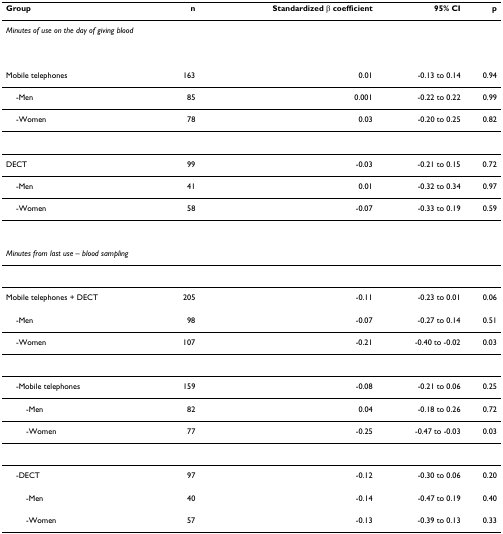
<table><thead><tr><td><b>Group</b></td><td><b>n</b></td><td><b>Standardized β coefficient</b></td><td><b>95% CI</b></td><td><b>p</b></td></tr></thead><tbody><tr><td colspan="5"><i>Minutes of use on the day of giving blood</i></td></tr><tr><td>Mobile telephones</td><td>163</td><td>0.01</td><td>-0.13 to 0.14</td><td>0.94</td></tr><tr><td> -Men</td><td>85</td><td>0.001</td><td>-0.22 to 0.22</td><td>0.99</td></tr><tr><td> -Women</td><td>78</td><td>0.03</td><td>-0.20 to 0.25</td><td>0.82</td></tr><tr><td>DECT</td><td>99</td><td>-0.03</td><td>-0.21 to 0.15</td><td>0.72</td></tr><tr><td> -Men</td><td>41</td><td>0.01</td><td>-0.32 to 0.34</td><td>0.97</td></tr><tr><td> -Women</td><td>58</td><td>-0.07</td><td>-0.33 to 0.19</td><td>0.59</td></tr><tr><td colspan="5"><i>Minutes from last use – blood sampling</i></td></tr><tr><td>Mobile telephones + DECT</td><td>205</td><td>-0.11</td><td>-0.23 to 0.01</td><td>0.06</td></tr><tr><td> -Men</td><td>98</td><td>-0.07</td><td>-0.27 to 0.14</td><td>0.51</td></tr><tr><td> -Women</td><td>107</td><td>-0.21</td><td>-0.40 to -0.02</td><td>0.03</td></tr><tr><td> -Mobile telephones</td><td>159</td><td>-0.08</td><td>-0.21 to 0.06</td><td>0.25</td></tr><tr><td>-Men</td><td>82</td><td>0.04</td><td>-0.18 to 0.26</td><td>0.72</td></tr><tr><td>-Women</td><td>77</td><td>-0.25</td><td>-0.47 to -0.03</td><td>0.03</td></tr><tr><td> -DECT</td><td>97</td><td>-0.12</td><td>-0.30 to 0.06</td><td>0.20</td></tr><tr><td>-Men</td><td>40</td><td>-0.14</td><td>-0.47 to 0.19</td><td>0.40</td></tr><tr><td>-Women</td><td>57</td><td>-0.13</td><td>-0.39 to 0.13</td><td>0.33</td></tr></tbody></table>